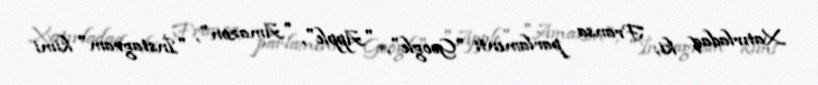
Xatırladaq ki, Fransa parlamenti "Google", "Apple", "Amazon", "İnstagram" kimi